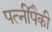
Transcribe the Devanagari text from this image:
पत्‍नींपैकी